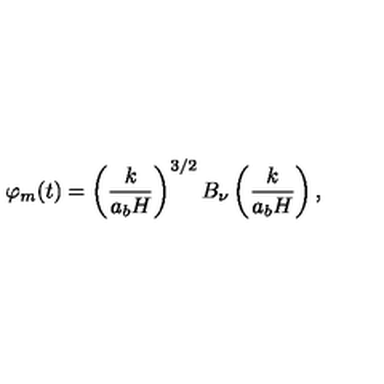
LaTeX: \varphi _ { m } ( t ) = \left( \frac { k } { a _ { b } H } \right) ^ { 3 / 2 } B _ { \nu } \left( \frac { k } { a _ { b } H } \right) ,